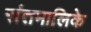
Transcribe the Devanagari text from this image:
संतमालिके